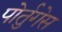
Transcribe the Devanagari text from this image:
पोर्तुगेस